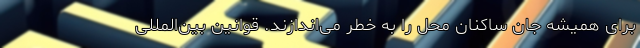
برای همیشه جان ساکنان محل را به خطر می‌اندازند. قوانین بین‌المللی